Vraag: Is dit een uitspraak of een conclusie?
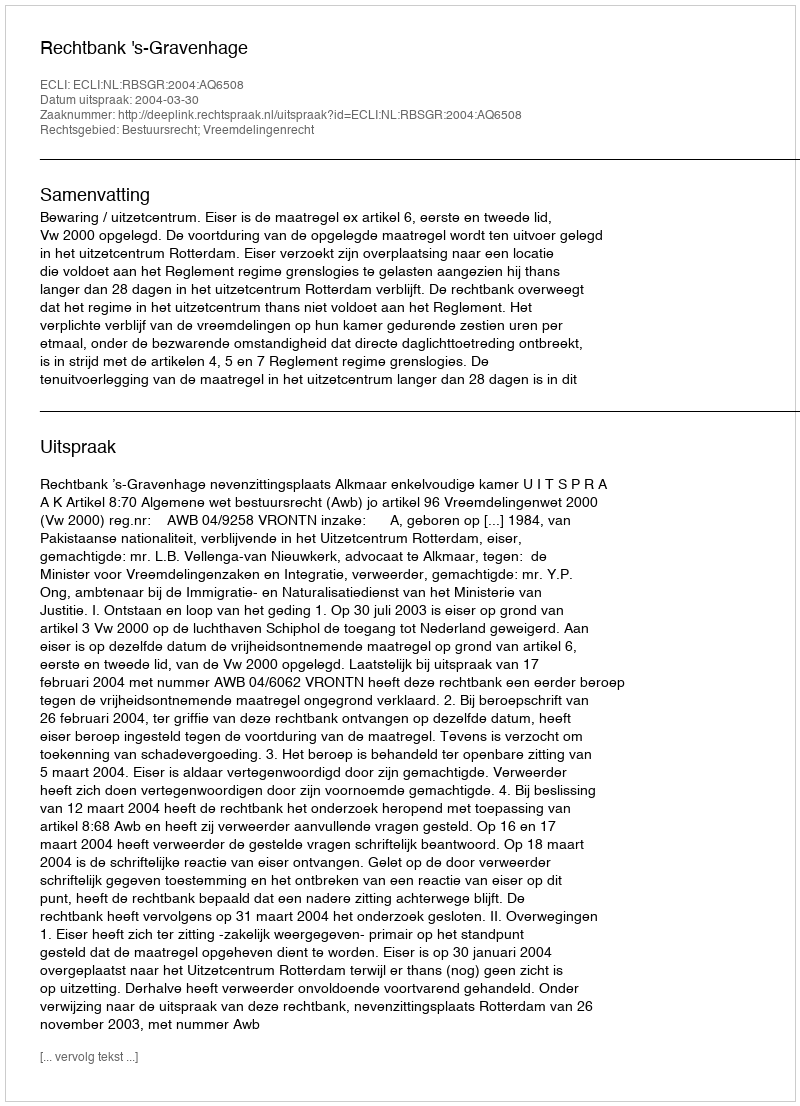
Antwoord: Uitspraak